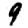
Digit: 9